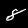
Digit: 8